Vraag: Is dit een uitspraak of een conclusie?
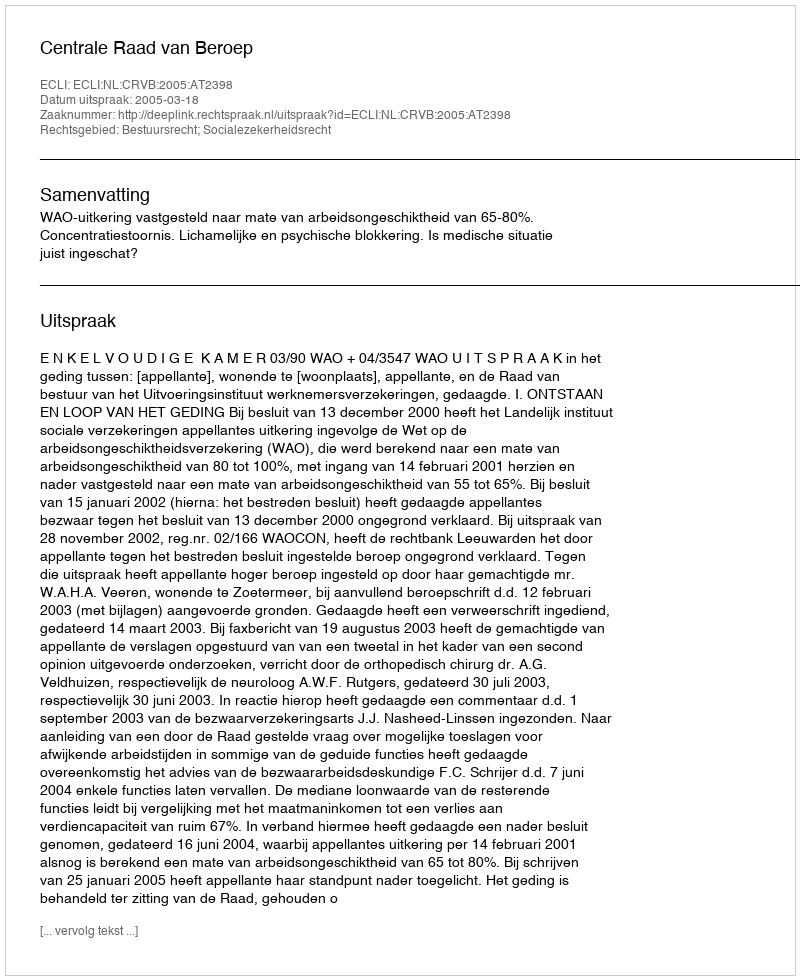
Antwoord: Uitspraak